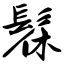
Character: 髹